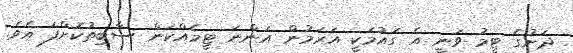
ދަށުގެ ޓީމު ވަނީ އެ ގައުމަކީ އަރަމުން އަންނަ ޓީމެއްކަން ސާބިތުކޮށްފަ އެވެ.